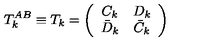
T _ { k } ^ { A B } \equiv T _ { k } = \left( \begin{array} { c c } { C _ { k } } & { D _ { k } } \\ { \bar { D } _ { k } } & { \bar { C } _ { k } } \\ \end{array} \right)